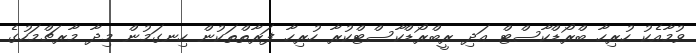
ވުމާއެކު ހުރިހާ ބްރޯޑްކާސްޓް އަދި ރީބްރޯޑްކާސްޓްކުރާ ހުރިހާ ފަރާތްތަކުން ހިނގަމުން މިދާ މާރޗްމަހުގެ